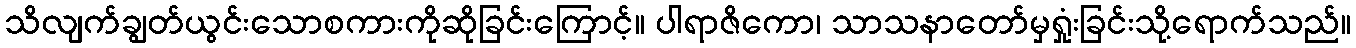
သိလျက်ချွတ်ယွင်းသောစကားကိုဆိုခြင်းကြောင့်။ ပါရာဇိကော၊ သာသနာတော်မှရှုံးခြင်းသို့ရောက်သည်။